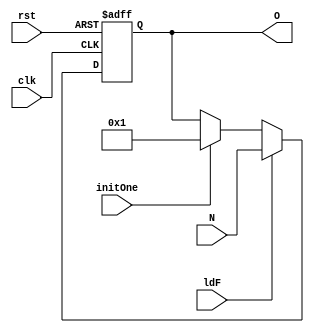
module FReg(input clk, rst, ldF, initOne, input[31:0] N, output  [31:0] O);
	reg [31:0] o ;
	always@(posedge clk, posedge rst) begin
		if(rst) o <= 32'd0;
		else
			if(ldF) o <= N;
			else if(initOne) o<= 32'd1;
			else o <= o;
	end
	assign O = o;
	
endmodule